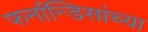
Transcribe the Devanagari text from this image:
फर्नान्डिसांच्या